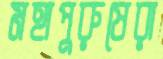
মহাপুরুষেরা